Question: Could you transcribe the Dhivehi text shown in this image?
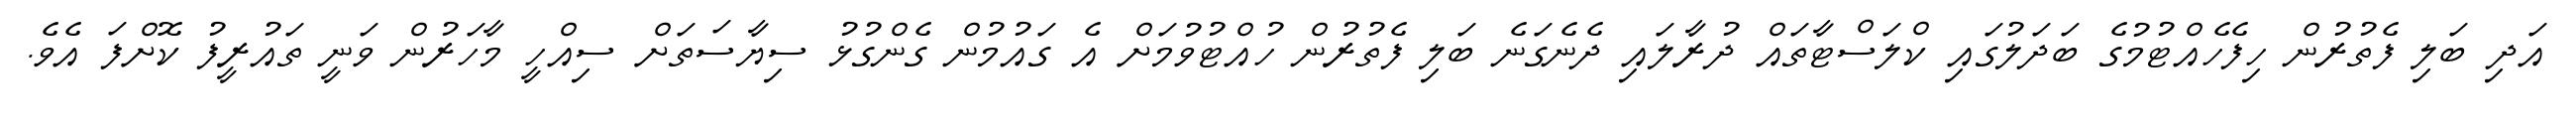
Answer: އަދި ބަލި ފެތުރުން ހިފެހެއްޓުމުގެ ބަދަލުގައި ކްލަސްޓާތައް ދުރާލައި ދެނެގަނެ ބަލި ފެތުރުން ހުއްޓުވުމަށް އެ ގައުމުން ގެންގުޅު ސިޔާސަތަށް ސިއްހީ މާހަރުން ވަނީ ތައުރީފު ކޮށްފަ އެވެ.